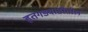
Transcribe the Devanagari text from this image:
हतगडवाडीतील